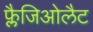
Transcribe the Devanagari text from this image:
फ्लैजिओलैट